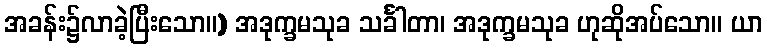
အခန်း၌လာခဲ့ပြီးသော။) အဒုက္ခမသုခ သင်္ခါတာ၊ အဒုက္ခမသုခ ဟုဆိုအပ်သော။ ယာ